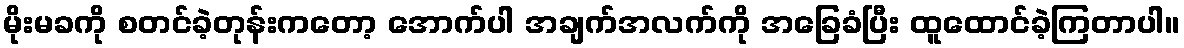
မိုးမခကို စတင်ခဲ့တုန်းကတော့ အောက်ပါ အချက်အလက်ကို အခြေခံပြီး ထူထောင်ခဲ့ကြတာပါ။